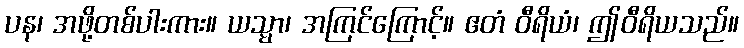
ပန၊ အဖို့တစ်ပါးကား။ ယသ္မာ၊ အကြင်ကြောင့်။ ဧတံ ဝီရိယံ၊ ဤဝီရိယသည်။